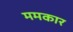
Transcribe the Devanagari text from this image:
ममकार